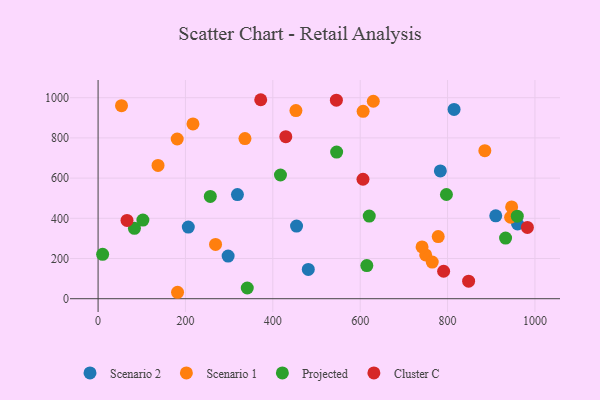
{"axis": {"x": "Engine Size", "y": "Fuel Efficiency"}, "legend": ["Cluster C", "Projected", "Scenario 1", "Scenario 2"], "data": [{"x": "481.2", "y": 145.5, "type": "Scenario 2"}, {"x": "960.3", "y": 371.7, "type": "Scenario 2"}, {"x": "319.0", "y": 518.1, "type": "Scenario 2"}, {"x": "783.5", "y": 635.6, "type": "Scenario 2"}, {"x": "814.9", "y": 941.5, "type": "Scenario 2"}, {"x": "454.3", "y": 361.4, "type": "Scenario 2"}, {"x": "206.5", "y": 356.6, "type": "Scenario 2"}, {"x": "910.3", "y": 412.4, "type": "Scenario 2"}, {"x": "297.7", "y": 212.1, "type": "Scenario 2"}, {"x": "946.7", "y": 456.8, "type": "Scenario 1"}, {"x": "630.0", "y": 982.3, "type": "Scenario 1"}, {"x": "336.2", "y": 796.6, "type": "Scenario 1"}, {"x": "606.7", "y": 932.1, "type": "Scenario 1"}, {"x": "181.1", "y": 794.5, "type": "Scenario 1"}, {"x": "944.3", "y": 405.2, "type": "Scenario 1"}, {"x": "268.9", "y": 270.0, "type": "Scenario 1"}, {"x": "749.9", "y": 217.7, "type": "Scenario 1"}, {"x": "53.6", "y": 960.5, "type": "Scenario 1"}, {"x": "741.6", "y": 257.7, "type": "Scenario 1"}, {"x": "778.6", "y": 309.0, "type": "Scenario 1"}, {"x": "181.9", "y": 32.0, "type": "Scenario 1"}, {"x": "764.9", "y": 182.0, "type": "Scenario 1"}, {"x": "217.2", "y": 869.7, "type": "Scenario 1"}, {"x": "452.9", "y": 936.0, "type": "Scenario 1"}, {"x": "885.3", "y": 736.4, "type": "Scenario 1"}, {"x": "137.2", "y": 663.3, "type": "Scenario 1"}, {"x": "932.8", "y": 301.5, "type": "Projected"}, {"x": "256.9", "y": 509.0, "type": "Projected"}, {"x": "417.5", "y": 615.3, "type": "Projected"}, {"x": "620.7", "y": 410.9, "type": "Projected"}, {"x": "341.5", "y": 53.2, "type": "Projected"}, {"x": "959.6", "y": 410.7, "type": "Projected"}, {"x": "83.2", "y": 350.2, "type": "Projected"}, {"x": "546.1", "y": 729.3, "type": "Projected"}, {"x": "797.4", "y": 518.4, "type": "Projected"}, {"x": "102.6", "y": 391.4, "type": "Projected"}, {"x": "10.4", "y": 221.0, "type": "Projected"}, {"x": "615.2", "y": 164.6, "type": "Projected"}, {"x": "982.7", "y": 354.5, "type": "Cluster C"}, {"x": "791.0", "y": 136.7, "type": "Cluster C"}, {"x": "848.2", "y": 87.2, "type": "Cluster C"}, {"x": "545.5", "y": 987.6, "type": "Cluster C"}, {"x": "606.4", "y": 594.2, "type": "Cluster C"}, {"x": "66.2", "y": 389.6, "type": "Cluster C"}, {"x": "372.3", "y": 989.9, "type": "Cluster C"}, {"x": "429.7", "y": 806.0, "type": "Cluster C"}]}